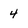
Character: 4